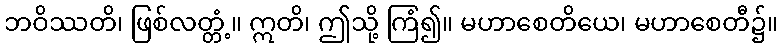
ဘဝိဿတိ၊ ဖြစ်လတ္တံ့။ ဣတိ၊ ဤသို့ ကြံ၍။ မဟာစေတိယေ၊ မဟာစေတီ၌။